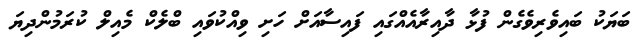
ބަޔަކު ބައިވެރިވެގެން ފުޅާ ދާއިރާއެއްގައި ފައިސާއަށް ހަށި ވިއްކުވައި ބްލެކް މެއިލް ކުރަމުންދިޔަ